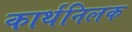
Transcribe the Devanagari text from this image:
कार्थनिलक